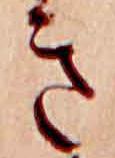
き